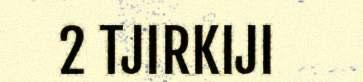
2 TJIRKIJI